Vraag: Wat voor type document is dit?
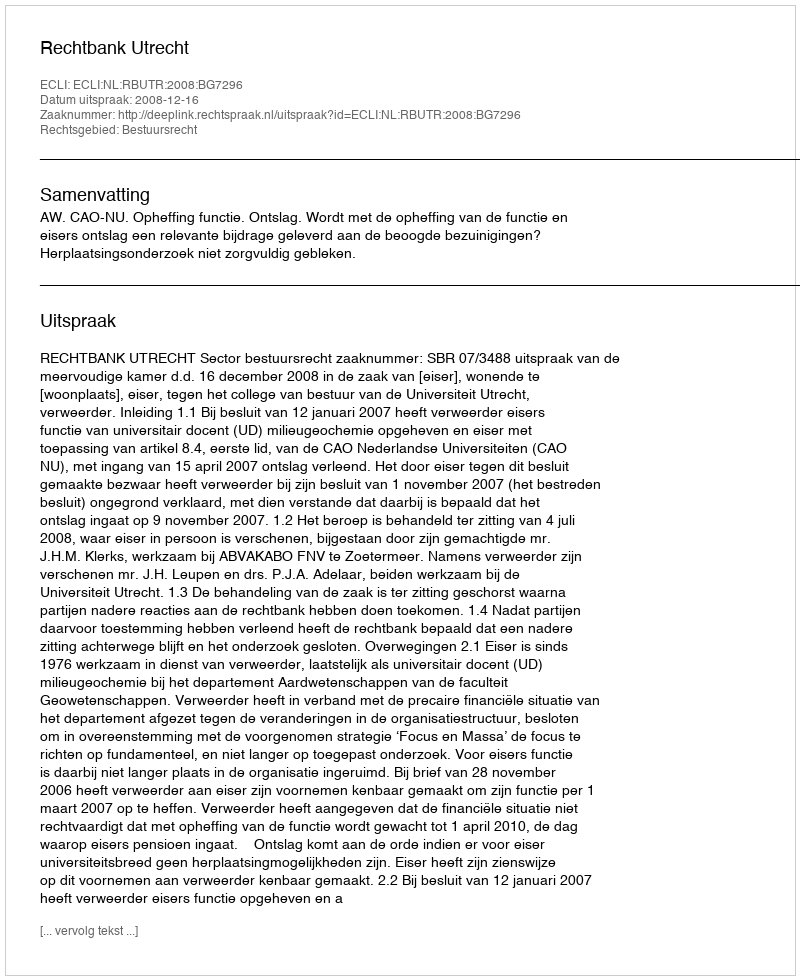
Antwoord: Uitspraak